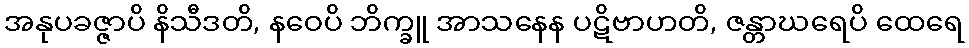
အနုပခဇ္ဇာပိ နိသီဒတိ, နဝေပိ ဘိက္ခူ အာသနေန ပဋိဗာဟတိ, ဇန္တာဃရေပိ ထေရေ